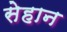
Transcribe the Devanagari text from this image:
सेहान